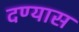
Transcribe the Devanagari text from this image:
दण्यास